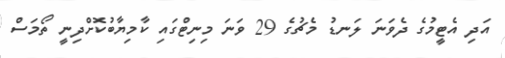
އަދި އެޓީމުގެ ދެވަނަ ލަނޑު މެޗުގެ 29 ވަނަ މިނިޓްގައި ކާމިޔާބުކޮށްދިނީ ތޯމަސް